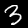
Digit: 3